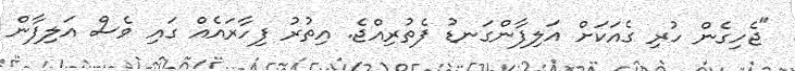
"ޖެހިގެން ހުރި ގެއަކަށް އަލިފާންގަނޑު ފެތުރިއްޖެ. އިތުރު ފިހާރައެއް ގައި ވެސް އަލިފާން